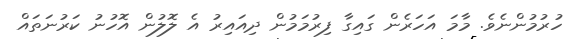
ހުރުމުންނެވެ. މާމަ އަހަރެން ގައިގާ ފިރުމަމުން ދިއައިރު އެ ލޮލުން އޮހުނު ކަރުނަތައް